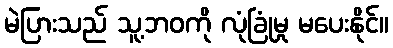
မဲပြားသည် သူ့ဘဝကို လုံခြုံမှု မပေးနိုင်။